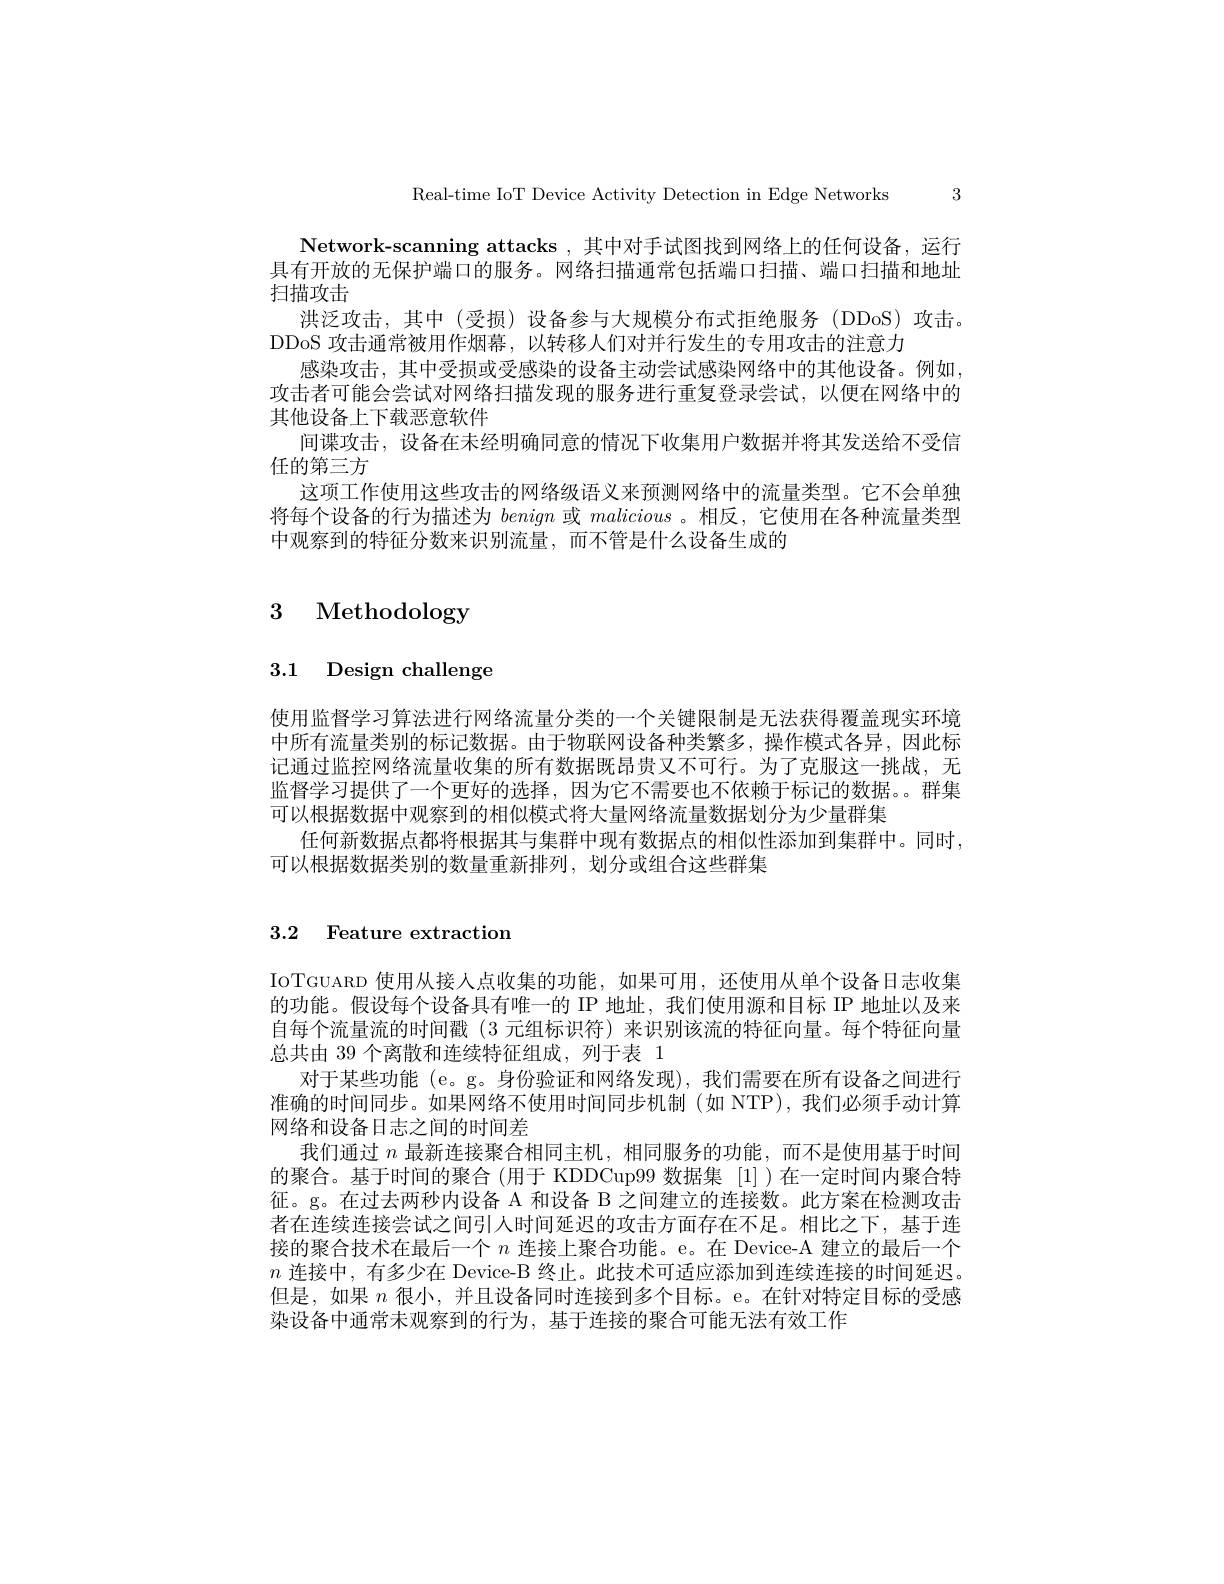
Real-time IoT Device Activity Detection in Edge Networks 3

Network- scanning attacks , 其 中 对 手 试 图 找 到 网 络 上 的 任 何 设 备 , 运 行 具有开放的无保护端口的服务。网络扫描通常包括端口扫描、端口扫描和地址扫描攻击
洪泛攻击，其中(受损)设备参与大规模分布式拒绝服务(DDoS)攻击。
DDoS 攻击通常被用作烟幕，以转移人们对并行发生的专用攻击的注意力
感染攻击，其中受损或受感染的设备主动尝试感染网络中的其他设备。例如攻击者可能会尝试对网络扫描发现的服务进行重复登录尝试，以便在网络中的其他设备上下载恶意软件
间谍攻击，设备在末经明确同意的情况下收集用户数据并将其发送给不受信
任的第三方
这项工作使用这些攻击的网络级语义来预测网络中的流量类型。它不会单独将每个设备的行为描述为benign或malicious 。相反，它使用在各种流量类型中观察到的特征分数来识别流量，而不管是什么设备生成的

# 3 Methodology

3.1 Design challenge

使用监督学习算法进行网络流量分类的一个关键限制是无法获得覆盖现实环境中所有流量类别的标记数据。由于物联网设备种类繁多，操作模式各异，因此标记通过监控网络流量收集的所有数据既昂贵又不可行。为了克服这一挑战，无监督学习提供了一个更好的选择，因为它不需要也不依赖于标记的数据。。群集可以根据数据中观察到的相似模式将大量网络流量数据划分为少量群集
任何新数据点都将根据其与集群中现有数据点的相似性添加到集群中。同时，
可以根据数据类别的数量重新排列，划分或组合这些群集

## 3.2 Feature extraction

IoTGUARD 使用从接入点收集的功能，如果可用，还使用从单个设备日志收集的功能。假设每个设备具有唯一的 IP 地址，我们使用源和目标 IP 地址以及来自每个流量流的时间戳(3 元组标识符)来识别该流的特征向量。每个特征向量总共由 39 个离散和连续特征组成，列于表 1
对于某些功能 (e。g。身份验证和网络发现),我们需要在所有设备之间进行准确的时间同步。如果网络不使用时间同步机制(如 NTP),我们必须手动计算网络和设备日志之间的时间差
我们通过$n$最新连接聚合相同主机，相同服务的功能，而不是使用基于时间的聚合。基于时间的聚合(用于 KDDCup99 数据集[1] )在一定时间内聚合特征。g。在过去两秒内设备 A 和设备 B 之间建立的连接数。此方案在检测攻击者在连续连接尝试之间引人时间延迟的攻击方面存在不足。相比之下，基于连接的聚合技术在最后一个$n$连接上聚合功能。e。在 Device-A 建立的最后一个$n$连接中，有多少在 Device-B 终止。此技术可适应添加到连续连接的时间延迟。但是，如果$n$很小，并且设备同时连接到多个目标。e。在针对特定目标的受感染设备中通常未观察到的行为，基于连接的聚合可能无法有效工作